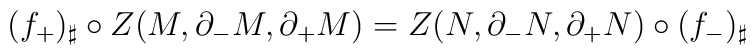
(f_+)_\sharp\circ Z(M,\partial_-M,\partial_+M)= Z(N,\partial_-N,\partial_+N) \circ(f_-)_\sharp